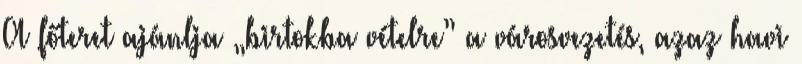
A főteret ajánlja „birtokba vételre” a városvezetés, azaz havi